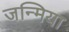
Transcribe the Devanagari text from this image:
जन्मिया